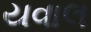
યવાલ